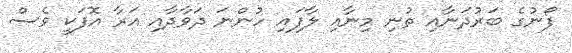
ފޯނުގެ ބަރުދަނާއި ތުނި މިނާއި ލާފައި ހުންނަ ދަވާދާއި އަރާ އޮފަކީ ވެސް